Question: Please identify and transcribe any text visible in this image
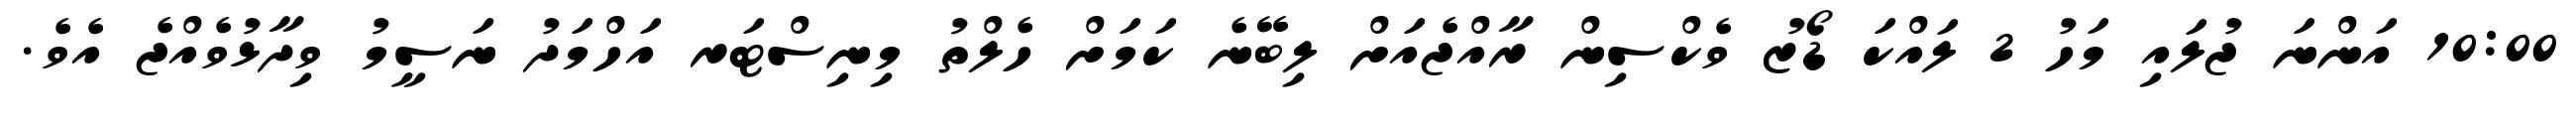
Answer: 10:00 އަންނަ ޖުލައި މަހު 2 ލައްކަ ޑޯޒު ވެކްސިން ރާއްޖެއަށް ލިބޭނެ ކަމަށް ހެލްތު މިނިސްޓަރ އަހްމަދު ނަސީމު ވިދާޅުވެއްޖެ އެވެ.